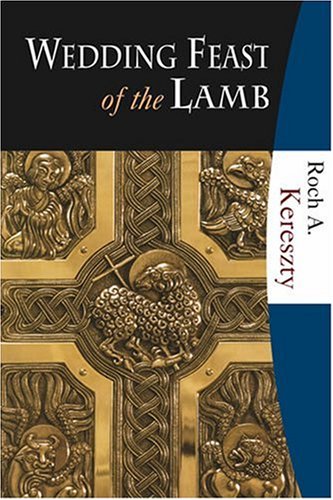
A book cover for Wedding Feast of the Lamb; Roch A. Kereszty; Christian Books & Bibles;